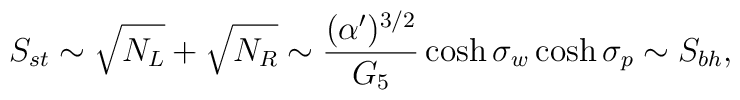
S_{st}\sim\sqrt{N_L}+\sqrt{N_R}\sim{(\alpha')^{3/2}\over G_5}\cosh\sigma_w\cosh\sigma_p \sim S_{bh},